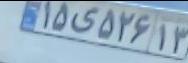
۱۵ی۵۲۶۱۳